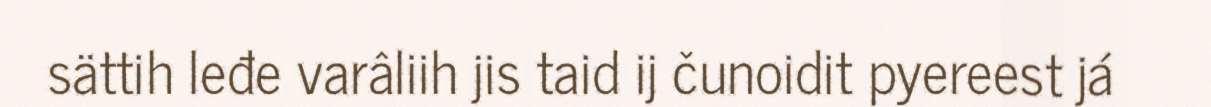
sättih leđe varâliih jis taid ij čunoidit pyereest já